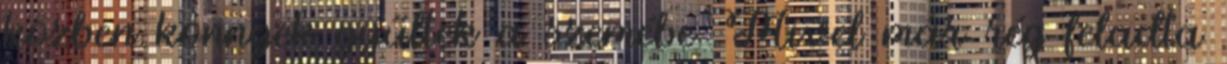
közben könnyek gyűltek a szemébe. Mivel már rég feladta